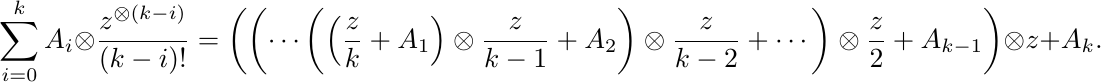
\begin{equation*}\label{eqn:horner}
    \sum_{i=0}^{k} A_{i} \otimes \frac{z^{\otimes(k-i)}}{(k-i) !} = \left(\left(\cdots\left(\left(\frac{z}{k}+A_{1}\right) \otimes \frac{z}{k-1}+A_{2}\right) \otimes \frac{z}{k-2}+\cdots\right) \otimes \frac{z}{2}+A_{k-1}\right) \otimes z+A_{k}.
\end{equation*}